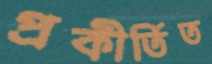
প্রকীর্তিত